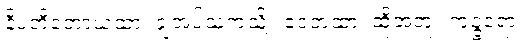
နိပတိတောယထာ၊ ချအပ်သကဲ့သို့။ ဧဝံတထာ၊ ထို့အတူ။ ကုဉ္ဇရော၊